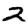
Digit: 2